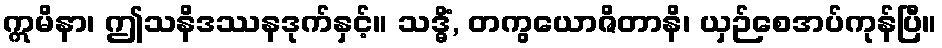
ဣမိနာ၊ ဤသနိဒဿနဒုက်နှင့်။ သဒ္ဓိံ, တကွယောဇိတာနိ၊ ယှဉ်စေအပ်ကုန်ပြီ။